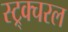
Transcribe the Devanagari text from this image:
स्ट्र्क्चरल